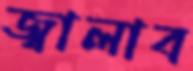
জ্বালাব